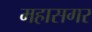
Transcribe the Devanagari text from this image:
महासगर